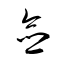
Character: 僉